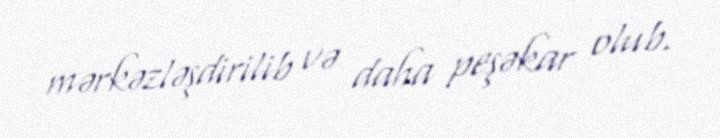
mərkəzləşdirilib və daha peşəkar olub.